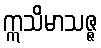
ဣသိမာသဇ္ဇ